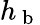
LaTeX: h_{\mathrm{~b~}}